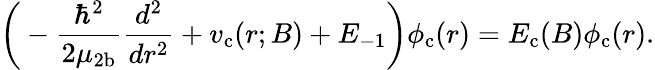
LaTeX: \bigg(-\frac{\hbar^{2}}{2\mu_{\mathrm{2b}}}\frac{d^{2}}{dr^{2}}+v_{\mathrm{c}}(r;B)+E_{-1}\bigg)\phi_{\mathrm{c}}(r)=E_{\mathrm{c}}(B)\phi_{\mathrm{c}}(r).